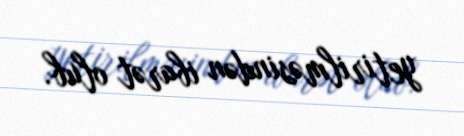
yetirilməsindən ibarət olub.